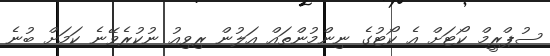
ސުޕްރީމް ކޯޓަށް އެ ކޯޓުގެ ނިންމުންތައް އަލުން ރިވިއު ނުކުރެވޭނެ ކަމަށް ބުނެ